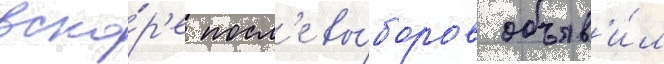
вско́р'е посл'е вы́боров объяв'и́л